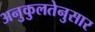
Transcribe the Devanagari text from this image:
अनुकुलतेनुसार